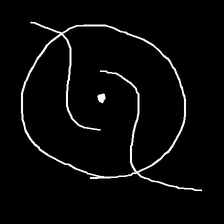
Glyph: repetition